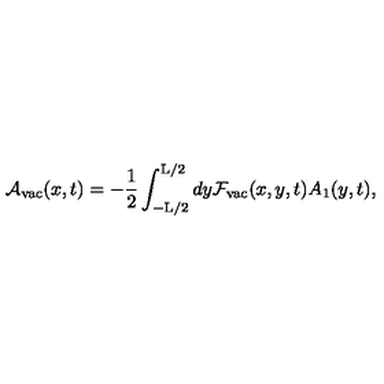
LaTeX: { \cal A } _ { \mathrm { v a c } } ( x , t ) = - \frac { 1 } { 2 } \int _ { - \mathrm { L } / 2 } ^ { \mathrm { L } / 2 } d y { \cal F } _ { \mathrm { v a c } } ( x , y , t ) A _ { 1 } ( y , t ) ,